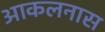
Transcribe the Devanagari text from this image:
आकलनास